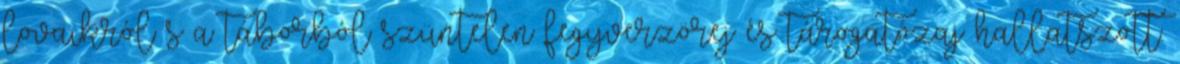
lovaikról s a táborból szüntelen fegyverzörej és tárogatózaj hallatszott.